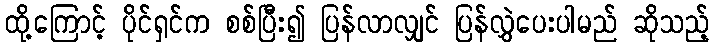
ထို့ကြောင့် ပိုင်ရှင်က စစ်ပြီး၍ ပြန်လာလျှင် ပြန်လွှဲပေးပါမည် ဆိုသည့်